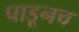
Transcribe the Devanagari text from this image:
पाडूनच